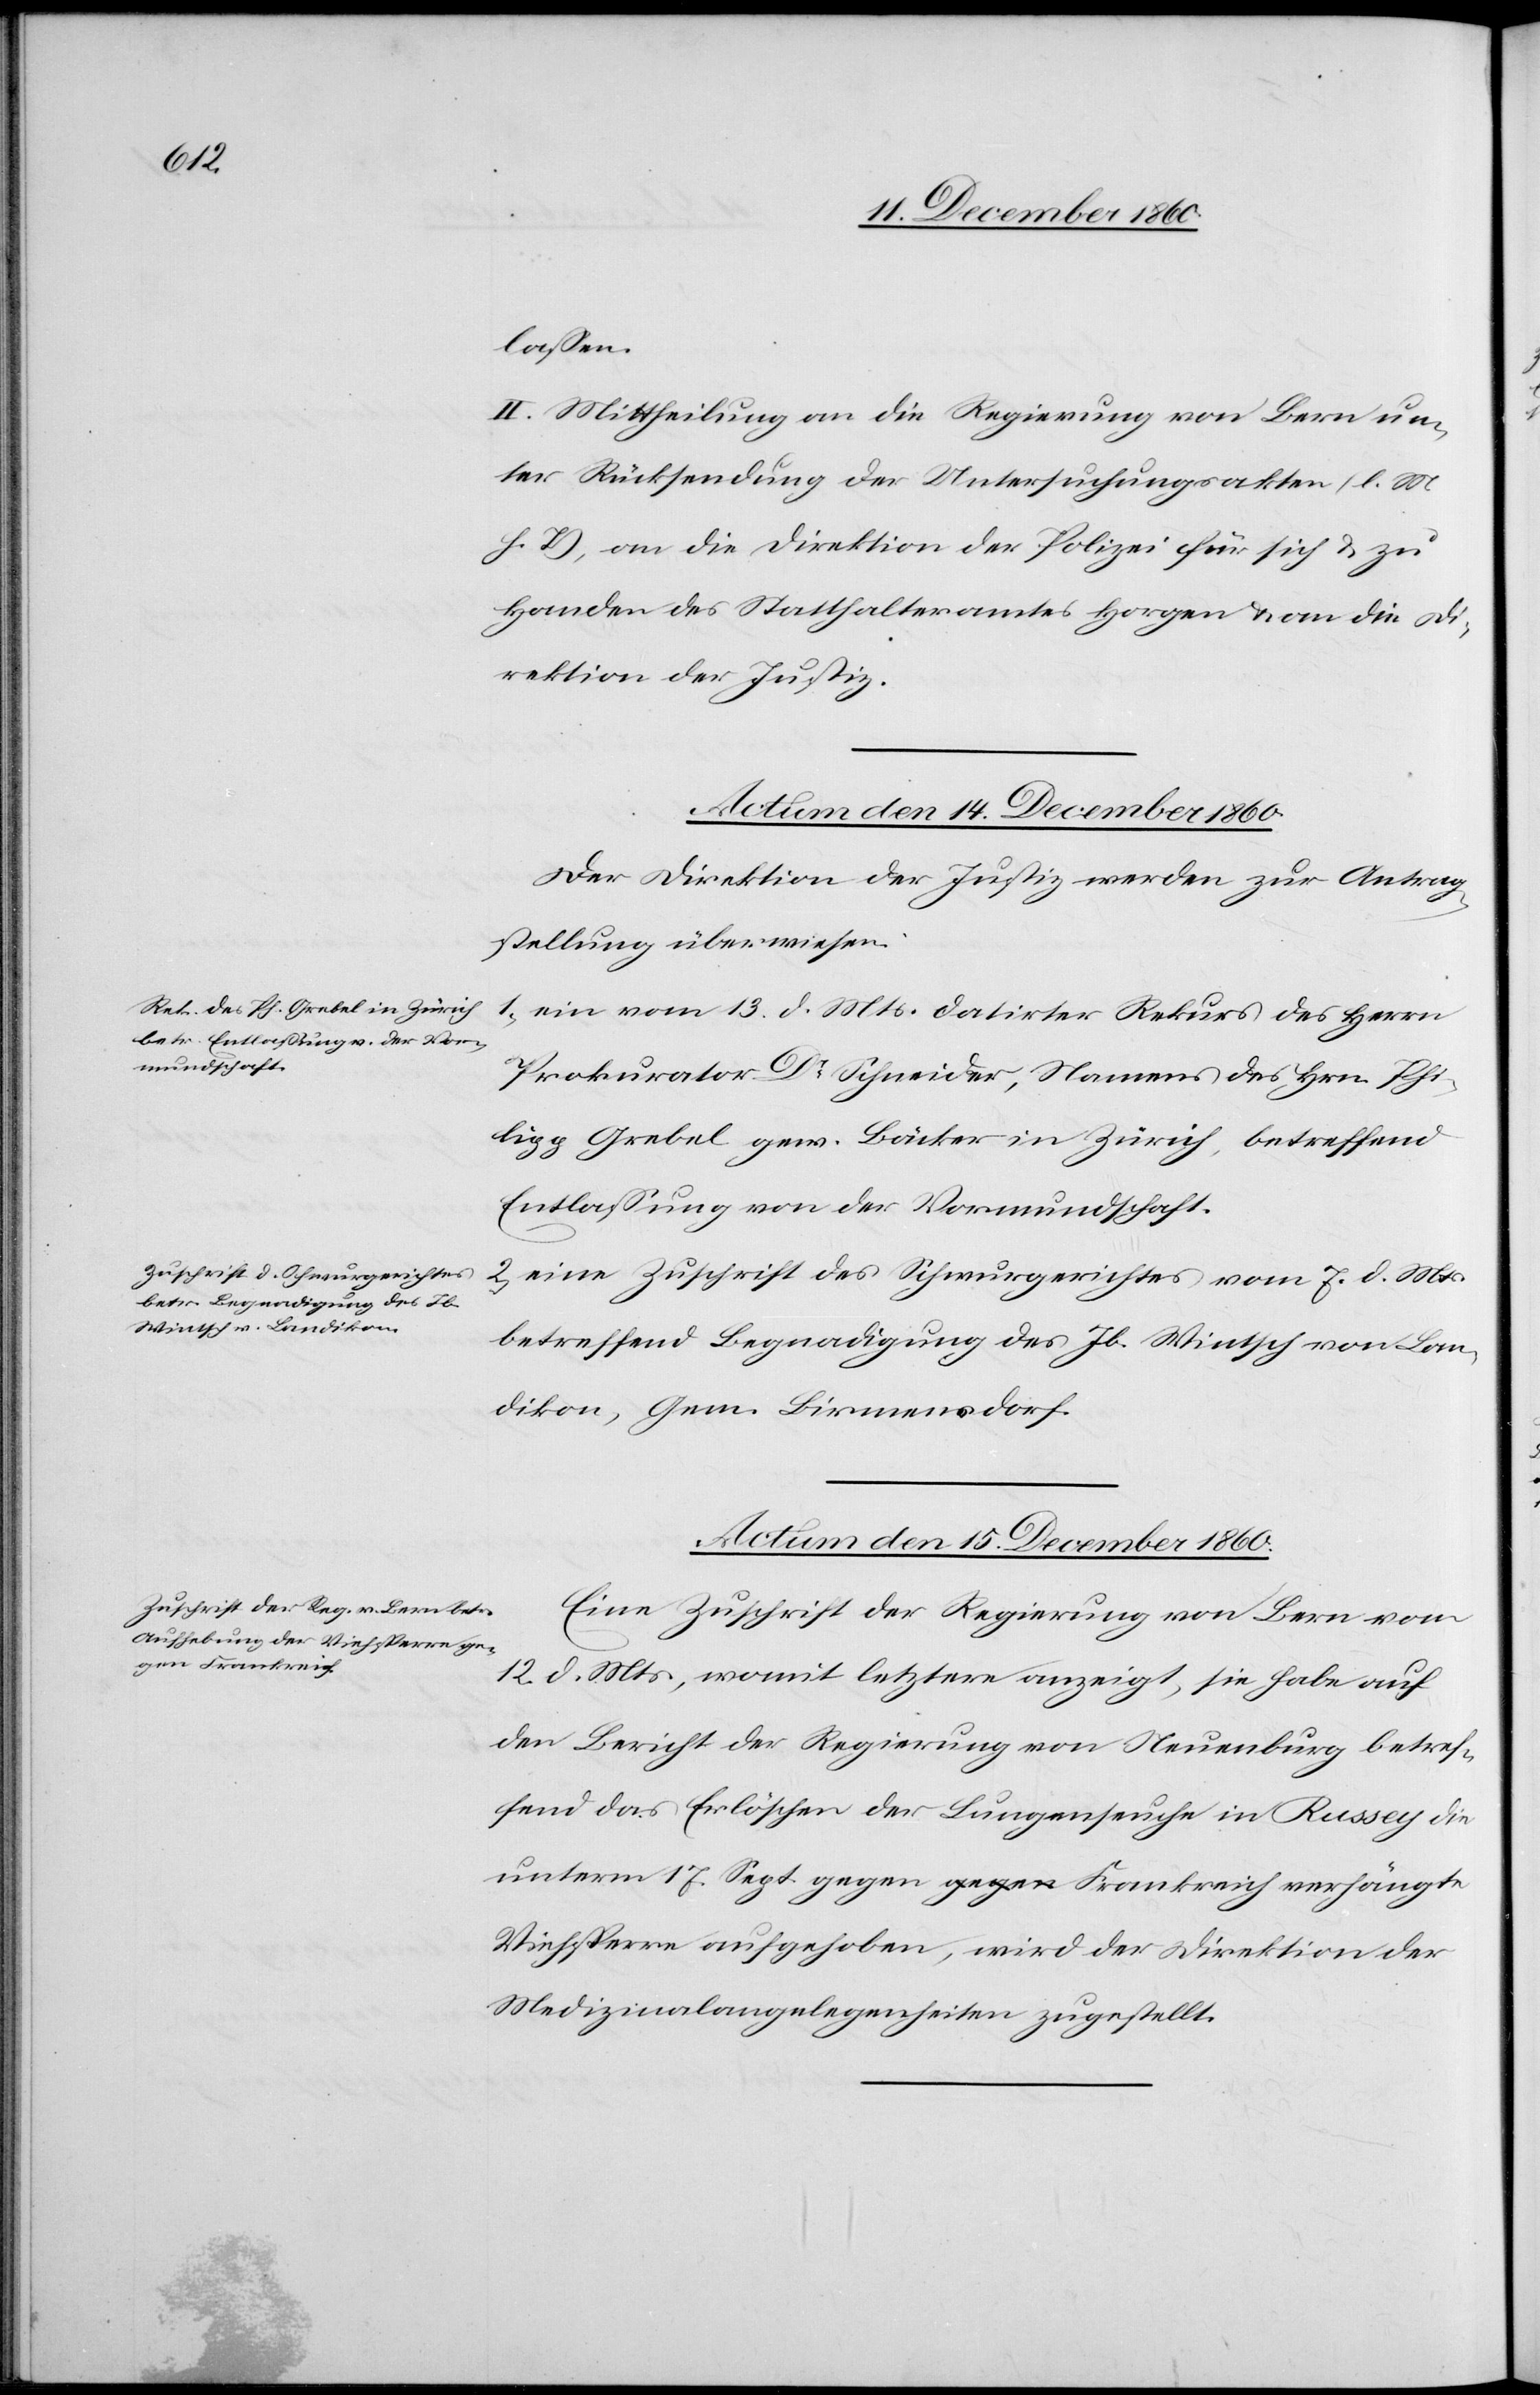
lassen.
II. Mittheilung an die Regierung von Bern un¬
ter Rücksendung der Untersuchungsakten (l. M.
h. T.), an die Direktion der Polizei für sich u. zu
Handen des Statthalteramtes Horgen u. an die Di¬
rektion der Justiz.
Actum den 15. December 1860.
Der Direktion der Justiz werden zur Antrag¬
stellung überwiesen:
1) ein vom 13. d. Mts. datirter Rekurs des Herrn
Prokurator Dr Schneider, Namens des Hrn. Phi¬
lipp Grebel gew. Bäcker in Zürich, betreffend
Entlassung von der Vormundschaft.
2) eine Zuschrift des Schwurgerichtes vom 7. d. Mts.
betreffend Begnadigung des Jb. Wintsch von Lan¬
dikon, Gem. Birmensdorf.
Eine Zuschrift der Regierung von Bern vom
12. d. Mts., womit letztere anzeigt, sie habe auf
den Bericht der Regierung von Neuenburg betref¬
fend das Erlöschen der Lungenseuche in Russey die
unterm 17. Sept. gegen Frankreich verhängte
Viehsperre aufgehoben, wird der Direktion der
Medizinalangelegenheiten zugestellt.